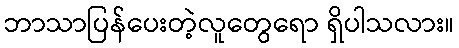
ဘာသာပြန်ပေးတဲ့လူတွေရော ရှိပါသလား။